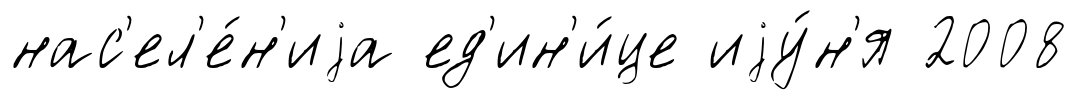
нас'ел'е́н'иjа ед'ин'и́це иjу́н'я 2008